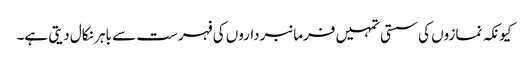
کیونکہ نمازوں کی سستی تمہیں فرمانبرداروں کی فہرست سے باہر نکال دیتی ہے۔